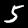
Digit: 5